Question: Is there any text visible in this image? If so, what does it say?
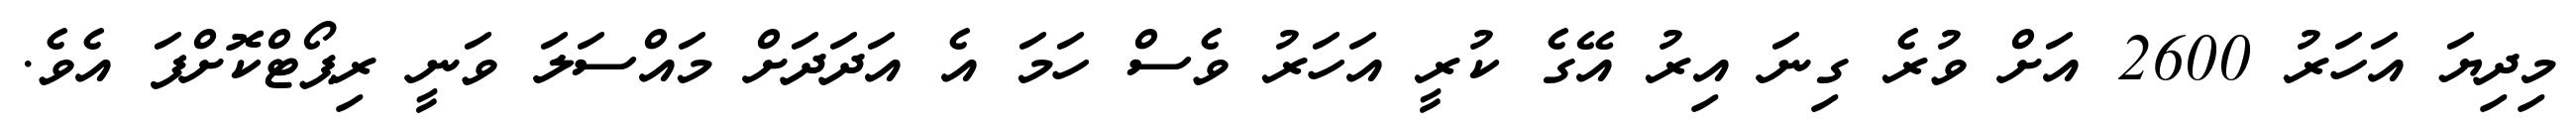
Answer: މިދިޔަ އަހަރު 2600 އަށް ވުރެ ގިނަ އިރު އޭގެ ކުރީ އަހަރު ވެސް ހަމަ އެ އަދަދަށް މައްސަލަ ވަނީ ރިޕޯޓްކޮށްފަ އެވެ.